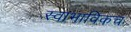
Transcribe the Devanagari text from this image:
स्‍वाभाविकच